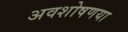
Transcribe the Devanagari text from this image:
अवशोषणया